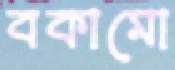
বকামো